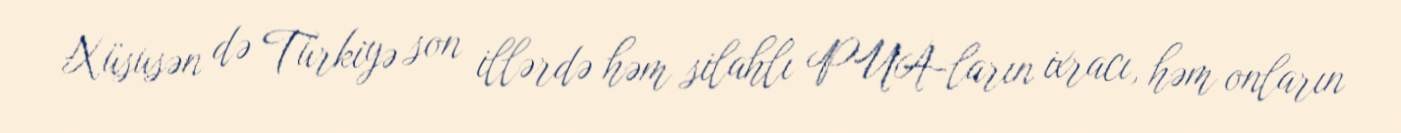
Xüsusən də Türkiyə son illərdə həm silahlı PUA-ların ixracı, həm onların